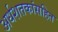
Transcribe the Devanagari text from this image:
अर्धशतकांसहित